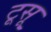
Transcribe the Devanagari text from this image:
टूसू